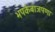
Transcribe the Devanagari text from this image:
भपकेबाजपणा